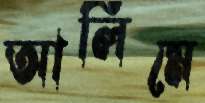
আলিমে